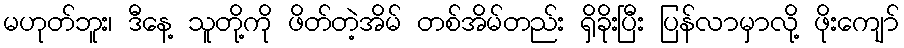
မဟုတ်ဘူး၊ ဒီနေ့ သူတို့ကို ဖိတ်တဲ့အိမ် တစ်အိမ်တည်း ရှိခိုးပြီး ပြန်လာမှာလို့ ဖိုးကျော်